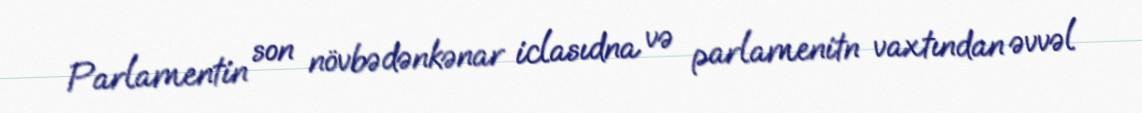
Parlamentin son növbədənkənar iclasıdna və parlamenitn vaxtından əvvəl